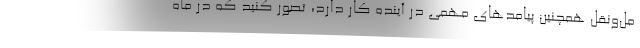
مل‌ونقل همچنین پیامدهای مهمی در آینده کار دارد، تصور کنید که در ماه